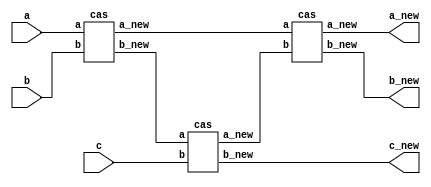
`timescale 1 ns / 100 ps

`define SNG_WIDTH 6
`define NUM_INPUTS 3

module cas3 (
   a,
   b,
   c,
   a_new,
   b_new,
   c_new,
   );
   
   input [`SNG_WIDTH-1:0]        a,b,c;
   output [`SNG_WIDTH-1:0]     a_new,b_new,c_new;

   wire [`SNG_WIDTH-1:0]           max1, min1, max2, min2, max3, min3;
   
   cas cas1(.a(a),.b(b),.a_new(max1),.b_new(min1));
   
   cas cas2(.a(min1),.b(c),.a_new(max2),.b_new(min2));
   
   cas cas3(.a(max1),.b(max2),.a_new(max3),.b_new(min3));
   

   assign a_new = max3;
   assign b_new = min3;
   assign c_new = min2;
   

   
   
endmodule // cas3




module cas (
    a,
    b,
    a_new,
    b_new
    );

   input [`SNG_WIDTH-1:0]        a,b;
   output reg [`SNG_WIDTH-1:0]     a_new,b_new;
   
   wire [`SNG_WIDTH:0]       a_sub_b;
   

   
   

   ///always_comb 
   ///  begin
   ///   assign a_sub_b = a - b;
   ///   case (a_sub_b[`SNG_WIDTH-1])
   ///     0 : assign gt_out = a, assign lt_out = b;
   ///     1 : assign gt_out = b, assign lt_out = a;
   ///   endcase // case (a_sub_b[`SNG_WIDTH-1])
   ///   
   ///  end

   assign a_sub_b = a - b;
   

   always @(*) begin
   	//assign a_sub_b = a - b;
   	case (a_sub_b[`SNG_WIDTH])
   	  0 : begin
   	     a_new = a;
   	     b_new = b;       
   	  end
   	  1 : begin
   	     a_new = b;
   	     b_new = a;
   	  end
   	  
   	endcase // case (a_sub_b[`SNG_WIDTH-1])
   end // always @ (*)
   
   
   
   
   
   
endmodule // dsc_mul